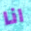
انا